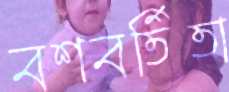
বশবর্তিতা